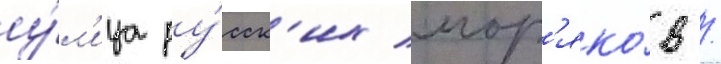
у́л'ица ру́сск'их мор'яко́в /